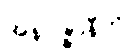
အနဝဇ္ဇာနီတိ